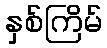
နှစ်ကြိမ်